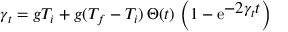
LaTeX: \gamma _ { t } = g T _ { i } + g ( T _ { f } - T _ { i } ) \, \Theta ( t ) \, \left( 1 - { \mathrm e } ^ { { \displaystyle - 2 \gamma _ { t } t } } \right)